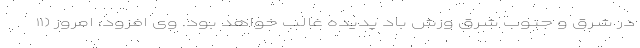
در شرق و جنوب شرق وزش باد پدیده غالب خواهد بود. وی افزود: امروز (۱۱